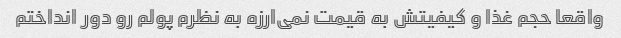
واقعا حجم غذا و کیفیتش به قیمت نمی‌ارزه به نظرم پولم رو دور انداختم